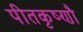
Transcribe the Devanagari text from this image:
पीतकृष्णौ